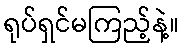
ရုပ်ရှင်မကြည့်နဲ့။